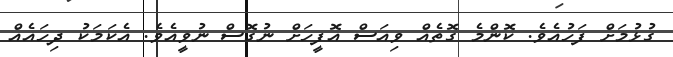
ގުޅުމަށް ފަހުއެވެ. ކޮންމެ ގޮތެއް ވިއަސް އޮފީހަށް ނުގޮސް ނުވީއެވެ. އެކަމަކު ދިހައެއް